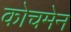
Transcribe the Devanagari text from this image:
कोचमेन